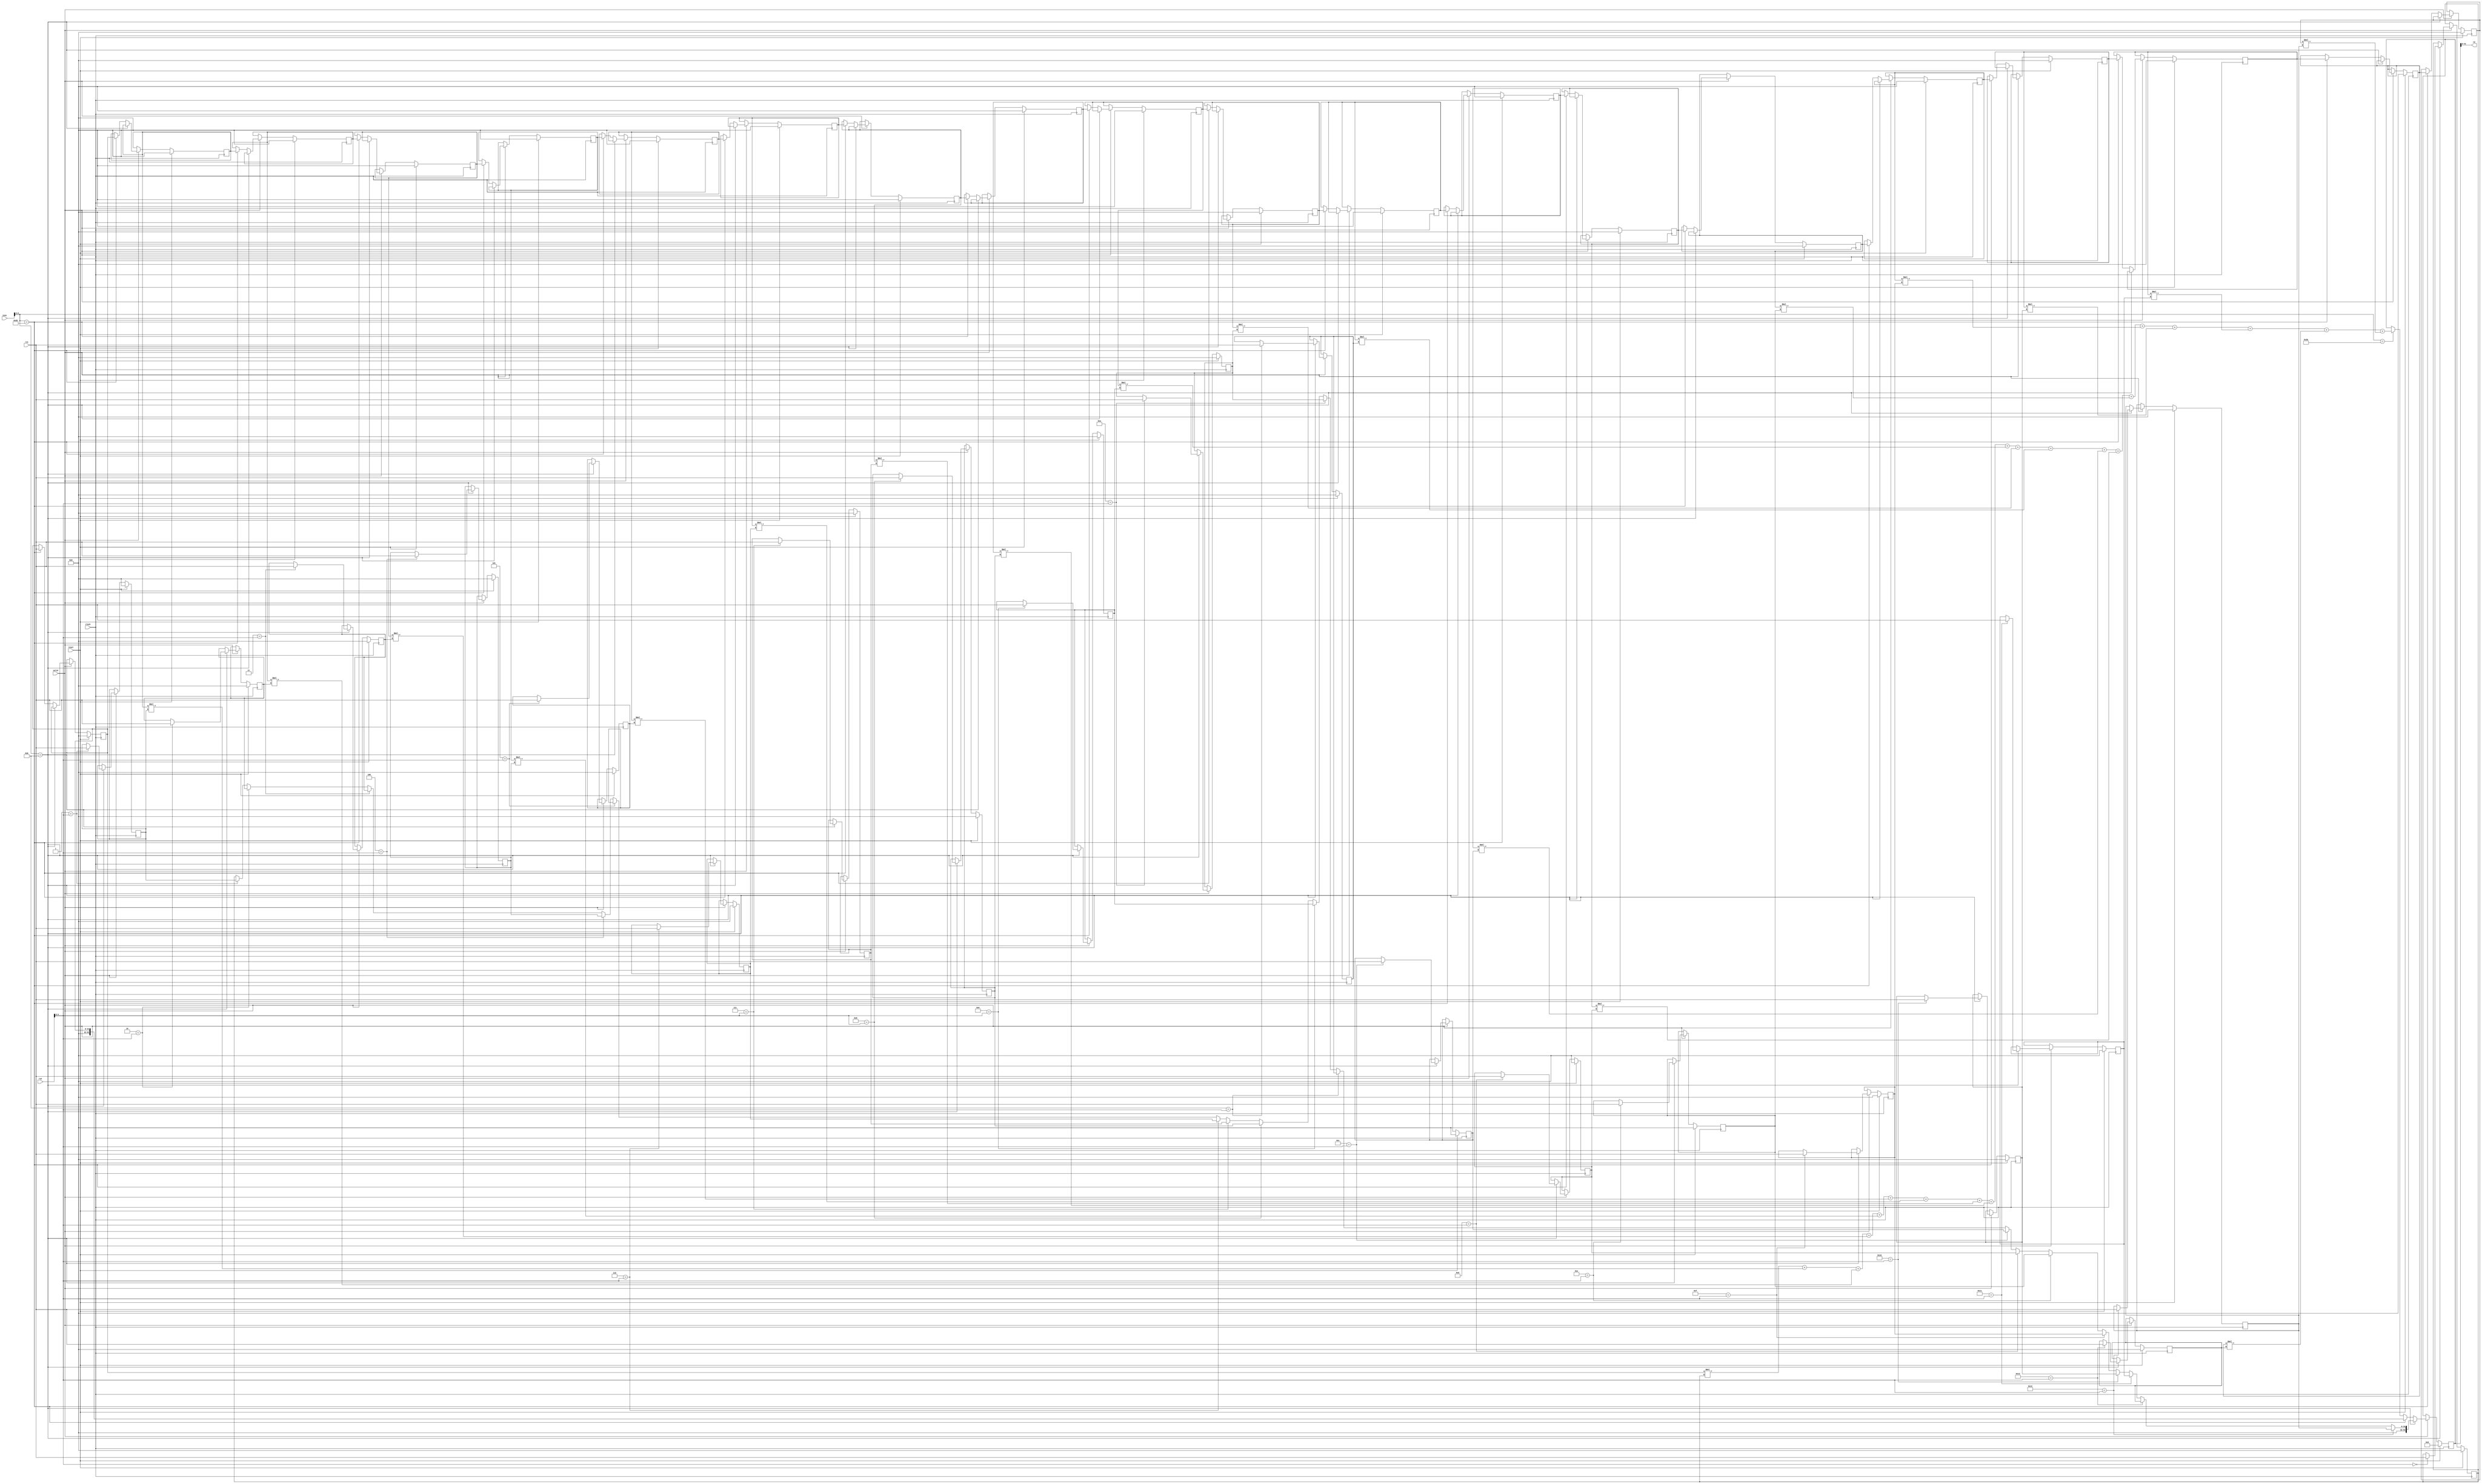
module SCIEPipelined #(parameter XLEN = 32)(
  input         clock,
  input         reset,
  input         valid,
  input  [31:0] insn,
  input  [31:0] rs1,
  input  [31:0] rs2,
  output [31:0] rd
);
  reg [31:0] coeffs_0;
  reg [31:0] coeffs_1;
  reg [31:0] coeffs_2;
  reg [31:0] coeffs_3;
  reg [31:0] coeffs_4;
  reg [31:0] coeffs_5;
  reg [31:0] coeffs_6;
  reg [31:0] coeffs_7;
  reg [31:0] coeffs_8;
  reg [31:0] coeffs_9;
  reg [31:0] coeffs_10;
  reg [31:0] coeffs_11;
  reg [31:0] coeffs_12;
  reg [31:0] coeffs_13;
  reg [31:0] coeffs_14;
  reg [31:0] coeffs_15;
  reg [31:0] coeffs_16;
  reg [31:0] coeffs_17;
  reg [31:0] coeffs_18;
  reg [31:0] coeffs_19;
  reg [31:0] data_0;
  reg [31:0] data_1;
  reg [31:0] data_2;
  reg [31:0] data_3;
  reg [31:0] data_4;
  reg [31:0] data_5;
  reg [31:0] data_6;
  reg [31:0] data_7;
  reg [31:0] data_8;
  reg [31:0] data_9;
  reg [31:0] data_10;
  reg [31:0] data_11;
  reg [31:0] data_12;
  reg [31:0] data_13;
  reg [31:0] data_14;
  reg [31:0] data_15;
  reg [31:0] data_16;
  reg [31:0] data_17;
  reg [31:0] data_18;
  reg [31:0] data_19;
  reg [63:0] result;
  wire [31:0] _GEN_21 = 5'h1 == rs2[4:0] ? coeffs_1 : coeffs_0;
  wire [31:0] _GEN_22 = 5'h2 == rs2[4:0] ? coeffs_2 : _GEN_21;
  wire [31:0] _GEN_23 = 5'h3 == rs2[4:0] ? coeffs_3 : _GEN_22;
  wire [31:0] _GEN_24 = 5'h4 == rs2[4:0] ? coeffs_4 : _GEN_23;
  wire [31:0] _GEN_25 = 5'h5 == rs2[4:0] ? coeffs_5 : _GEN_24;
  wire [31:0] _GEN_26 = 5'h6 == rs2[4:0] ? coeffs_6 : _GEN_25;
  wire [31:0] _GEN_27 = 5'h7 == rs2[4:0] ? coeffs_7 : _GEN_26;
  wire [31:0] _GEN_28 = 5'h8 == rs2[4:0] ? coeffs_8 : _GEN_27;
  wire [31:0] _GEN_29 = 5'h9 == rs2[4:0] ? coeffs_9 : _GEN_28;
  wire [31:0] _GEN_30 = 5'ha == rs2[4:0] ? coeffs_10 : _GEN_29;
  wire [31:0] _GEN_31 = 5'hb == rs2[4:0] ? coeffs_11 : _GEN_30;
  wire [31:0] _GEN_32 = 5'hc == rs2[4:0] ? coeffs_12 : _GEN_31;
  wire [31:0] _GEN_33 = 5'hd == rs2[4:0] ? coeffs_13 : _GEN_32;
  wire [31:0] _GEN_34 = 5'he == rs2[4:0] ? coeffs_14 : _GEN_33;
  wire [31:0] _GEN_35 = 5'hf == rs2[4:0] ? coeffs_15 : _GEN_34;
  wire [31:0] _GEN_36 = 5'h10 == rs2[4:0] ? coeffs_16 : _GEN_35;
  wire [31:0] _GEN_37 = 5'h11 == rs2[4:0] ? coeffs_17 : _GEN_36;
  wire [31:0] _GEN_38 = 5'h12 == rs2[4:0] ? coeffs_18 : _GEN_37;
  wire [31:0] _GEN_39 = 5'h13 == rs2[4:0] ? coeffs_19 : _GEN_38;
  wire [63:0] _result_T_1 = data_0 * coeffs_0;
  wire [63:0] _result_T_2 = data_1 * coeffs_1;
  wire [63:0] _result_T_3 = data_2 * coeffs_2;
  wire [63:0] _result_T_4 = data_3 * coeffs_3;
  wire [63:0] _result_T_5 = data_4 * coeffs_4;
  wire [63:0] _result_T_6 = data_5 * coeffs_5;
  wire [63:0] _result_T_7 = data_6 * coeffs_6;
  wire [63:0] _result_T_8 = data_7 * coeffs_7;
  wire [63:0] _result_T_9 = data_8 * coeffs_8;
  wire [63:0] _result_T_10 = data_9 * coeffs_9;
  wire [63:0] _result_T_11 = data_10 * coeffs_10;
  wire [63:0] _result_T_12 = data_11 * coeffs_11;
  wire [63:0] _result_T_13 = data_12 * coeffs_12;
  wire [63:0] _result_T_14 = data_13 * coeffs_13;
  wire [63:0] _result_T_15 = data_14 * coeffs_14;
  wire [63:0] _result_T_16 = data_15 * coeffs_15;
  wire [63:0] _result_T_17 = data_16 * coeffs_16;
  wire [63:0] _result_T_18 = data_17 * coeffs_17;
  wire [63:0] _result_T_19 = data_18 * coeffs_18;
  wire [63:0] _result_T_20 = data_19 * coeffs_19;
  wire [63:0] _result_T_22 = _result_T_1 + _result_T_2;
  wire [63:0] _result_T_24 = _result_T_22 + _result_T_3;
  wire [63:0] _result_T_26 = _result_T_24 + _result_T_4;
  wire [63:0] _result_T_28 = _result_T_26 + _result_T_5;
  wire [63:0] _result_T_30 = _result_T_28 + _result_T_6;
  wire [63:0] _result_T_32 = _result_T_30 + _result_T_7;
  wire [63:0] _result_T_34 = _result_T_32 + _result_T_8;
  wire [63:0] _result_T_36 = _result_T_34 + _result_T_9;
  wire [63:0] _result_T_38 = _result_T_36 + _result_T_10;
  wire [63:0] _result_T_40 = _result_T_38 + _result_T_11;
  wire [63:0] _result_T_42 = _result_T_40 + _result_T_12;
  wire [63:0] _result_T_44 = _result_T_42 + _result_T_13;
  wire [63:0] _result_T_46 = _result_T_44 + _result_T_14;
  wire [63:0] _result_T_48 = _result_T_46 + _result_T_15;
  wire [63:0] _result_T_50 = _result_T_48 + _result_T_16;
  wire [63:0] _result_T_52 = _result_T_50 + _result_T_17;
  wire [63:0] _result_T_54 = _result_T_52 + _result_T_18;
  wire [63:0] _result_T_56 = _result_T_54 + _result_T_19;
  wire [63:0] _result_T_58 = _result_T_56 + _result_T_20;
  wire [63:0] _GEN_40 = insn[6:0] == 7'h3b ? _result_T_58 : result;
  assign rd = result[31:0];
  always @(posedge clock) begin
    if (reset) begin
      coeffs_0 <= 32'h0;
    end else if (valid) begin
      if (insn[6:0] == 7'hb) begin
        if (5'h0 == rs2[4:0]) begin
          coeffs_0 <= rs1;
        end
      end
    end
    if (reset) begin
      coeffs_1 <= 32'h0;
    end else if (valid) begin
      if (insn[6:0] == 7'hb) begin
        if (5'h1 == rs2[4:0]) begin
          coeffs_1 <= rs1;
        end
      end
    end
    if (reset) begin
      coeffs_2 <= 32'h0;
    end else if (valid) begin
      if (insn[6:0] == 7'hb) begin
        if (5'h2 == rs2[4:0]) begin
          coeffs_2 <= rs1;
        end
      end
    end
    if (reset) begin
      coeffs_3 <= 32'h0;
    end else if (valid) begin
      if (insn[6:0] == 7'hb) begin
        if (5'h3 == rs2[4:0]) begin
          coeffs_3 <= rs1;
        end
      end
    end
    if (reset) begin
      coeffs_4 <= 32'h0;
    end else if (valid) begin
      if (insn[6:0] == 7'hb) begin
        if (5'h4 == rs2[4:0]) begin
          coeffs_4 <= rs1;
        end
      end
    end
    if (reset) begin
      coeffs_5 <= 32'h0;
    end else if (valid) begin
      if (insn[6:0] == 7'hb) begin
        if (5'h5 == rs2[4:0]) begin
          coeffs_5 <= rs1;
        end
      end
    end
    if (reset) begin
      coeffs_6 <= 32'h0;
    end else if (valid) begin
      if (insn[6:0] == 7'hb) begin
        if (5'h6 == rs2[4:0]) begin
          coeffs_6 <= rs1;
        end
      end
    end
    if (reset) begin
      coeffs_7 <= 32'h0;
    end else if (valid) begin
      if (insn[6:0] == 7'hb) begin
        if (5'h7 == rs2[4:0]) begin
          coeffs_7 <= rs1;
        end
      end
    end
    if (reset) begin
      coeffs_8 <= 32'h0;
    end else if (valid) begin
      if (insn[6:0] == 7'hb) begin
        if (5'h8 == rs2[4:0]) begin
          coeffs_8 <= rs1;
        end
      end
    end
    if (reset) begin
      coeffs_9 <= 32'h0;
    end else if (valid) begin
      if (insn[6:0] == 7'hb) begin
        if (5'h9 == rs2[4:0]) begin
          coeffs_9 <= rs1;
        end
      end
    end
    if (reset) begin
      coeffs_10 <= 32'h0;
    end else if (valid) begin
      if (insn[6:0] == 7'hb) begin
        if (5'ha == rs2[4:0]) begin
          coeffs_10 <= rs1;
        end
      end
    end
    if (reset) begin
      coeffs_11 <= 32'h0;
    end else if (valid) begin
      if (insn[6:0] == 7'hb) begin
        if (5'hb == rs2[4:0]) begin
          coeffs_11 <= rs1;
        end
      end
    end
    if (reset) begin
      coeffs_12 <= 32'h0;
    end else if (valid) begin
      if (insn[6:0] == 7'hb) begin
        if (5'hc == rs2[4:0]) begin
          coeffs_12 <= rs1;
        end
      end
    end
    if (reset) begin
      coeffs_13 <= 32'h0;
    end else if (valid) begin
      if (insn[6:0] == 7'hb) begin
        if (5'hd == rs2[4:0]) begin
          coeffs_13 <= rs1;
        end
      end
    end
    if (reset) begin
      coeffs_14 <= 32'h0;
    end else if (valid) begin
      if (insn[6:0] == 7'hb) begin
        if (5'he == rs2[4:0]) begin
          coeffs_14 <= rs1;
        end
      end
    end
    if (reset) begin
      coeffs_15 <= 32'h0;
    end else if (valid) begin
      if (insn[6:0] == 7'hb) begin
        if (5'hf == rs2[4:0]) begin
          coeffs_15 <= rs1;
        end
      end
    end
    if (reset) begin
      coeffs_16 <= 32'h0;
    end else if (valid) begin
      if (insn[6:0] == 7'hb) begin
        if (5'h10 == rs2[4:0]) begin
          coeffs_16 <= rs1;
        end
      end
    end
    if (reset) begin
      coeffs_17 <= 32'h0;
    end else if (valid) begin
      if (insn[6:0] == 7'hb) begin
        if (5'h11 == rs2[4:0]) begin
          coeffs_17 <= rs1;
        end
      end
    end
    if (reset) begin
      coeffs_18 <= 32'h0;
    end else if (valid) begin
      if (insn[6:0] == 7'hb) begin
        if (5'h12 == rs2[4:0]) begin
          coeffs_18 <= rs1;
        end
      end
    end
    if (reset) begin
      coeffs_19 <= 32'h0;
    end else if (valid) begin
      if (insn[6:0] == 7'hb) begin
        if (5'h13 == rs2[4:0]) begin
          coeffs_19 <= rs1;
        end
      end
    end
    if (reset) begin
      data_0 <= 32'h0;
    end else if (valid) begin
      if (!(insn[6:0] == 7'hb)) begin
        if (insn[6:0] == 7'h2b) begin
          data_0 <= rs1;
        end
      end
    end
    if (reset) begin
      data_1 <= 32'h0;
    end else if (valid) begin
      if (!(insn[6:0] == 7'hb)) begin
        if (insn[6:0] == 7'h2b) begin
          data_1 <= data_0;
        end
      end
    end
    if (reset) begin
      data_2 <= 32'h0;
    end else if (valid) begin
      if (!(insn[6:0] == 7'hb)) begin
        if (insn[6:0] == 7'h2b) begin
          data_2 <= data_1;
        end
      end
    end
    if (reset) begin
      data_3 <= 32'h0;
    end else if (valid) begin
      if (!(insn[6:0] == 7'hb)) begin
        if (insn[6:0] == 7'h2b) begin
          data_3 <= data_2;
        end
      end
    end
    if (reset) begin
      data_4 <= 32'h0;
    end else if (valid) begin
      if (!(insn[6:0] == 7'hb)) begin
        if (insn[6:0] == 7'h2b) begin
          data_4 <= data_3;
        end
      end
    end
    if (reset) begin
      data_5 <= 32'h0;
    end else if (valid) begin
      if (!(insn[6:0] == 7'hb)) begin
        if (insn[6:0] == 7'h2b) begin
          data_5 <= data_4;
        end
      end
    end
    if (reset) begin
      data_6 <= 32'h0;
    end else if (valid) begin
      if (!(insn[6:0] == 7'hb)) begin
        if (insn[6:0] == 7'h2b) begin
          data_6 <= data_5;
        end
      end
    end
    if (reset) begin
      data_7 <= 32'h0;
    end else if (valid) begin
      if (!(insn[6:0] == 7'hb)) begin
        if (insn[6:0] == 7'h2b) begin
          data_7 <= data_6;
        end
      end
    end
    if (reset) begin
      data_8 <= 32'h0;
    end else if (valid) begin
      if (!(insn[6:0] == 7'hb)) begin
        if (insn[6:0] == 7'h2b) begin
          data_8 <= data_7;
        end
      end
    end
    if (reset) begin
      data_9 <= 32'h0;
    end else if (valid) begin
      if (!(insn[6:0] == 7'hb)) begin
        if (insn[6:0] == 7'h2b) begin
          data_9 <= data_8;
        end
      end
    end
    if (reset) begin
      data_10 <= 32'h0;
    end else if (valid) begin
      if (!(insn[6:0] == 7'hb)) begin
        if (insn[6:0] == 7'h2b) begin
          data_10 <= data_9;
        end
      end
    end
    if (reset) begin
      data_11 <= 32'h0;
    end else if (valid) begin
      if (!(insn[6:0] == 7'hb)) begin
        if (insn[6:0] == 7'h2b) begin
          data_11 <= data_10;
        end
      end
    end
    if (reset) begin
      data_12 <= 32'h0;
    end else if (valid) begin
      if (!(insn[6:0] == 7'hb)) begin
        if (insn[6:0] == 7'h2b) begin
          data_12 <= data_11;
        end
      end
    end
    if (reset) begin
      data_13 <= 32'h0;
    end else if (valid) begin
      if (!(insn[6:0] == 7'hb)) begin
        if (insn[6:0] == 7'h2b) begin
          data_13 <= data_12;
        end
      end
    end
    if (reset) begin
      data_14 <= 32'h0;
    end else if (valid) begin
      if (!(insn[6:0] == 7'hb)) begin
        if (insn[6:0] == 7'h2b) begin
          data_14 <= data_13;
        end
      end
    end
    if (reset) begin
      data_15 <= 32'h0;
    end else if (valid) begin
      if (!(insn[6:0] == 7'hb)) begin
        if (insn[6:0] == 7'h2b) begin
          data_15 <= data_14;
        end
      end
    end
    if (reset) begin
      data_16 <= 32'h0;
    end else if (valid) begin
      if (!(insn[6:0] == 7'hb)) begin
        if (insn[6:0] == 7'h2b) begin
          data_16 <= data_15;
        end
      end
    end
    if (reset) begin
      data_17 <= 32'h0;
    end else if (valid) begin
      if (!(insn[6:0] == 7'hb)) begin
        if (insn[6:0] == 7'h2b) begin
          data_17 <= data_16;
        end
      end
    end
    if (reset) begin
      data_18 <= 32'h0;
    end else if (valid) begin
      if (!(insn[6:0] == 7'hb)) begin
        if (insn[6:0] == 7'h2b) begin
          data_18 <= data_17;
        end
      end
    end
    if (reset) begin
      data_19 <= 32'h0;
    end else if (valid) begin
      if (!(insn[6:0] == 7'hb)) begin
        if (insn[6:0] == 7'h2b) begin
          data_19 <= data_18;
        end
      end
    end
    if (reset) begin
      result <= 64'h0;
    end else if (valid) begin
      if (insn[6:0] == 7'hb) begin
        result <= {{32'd0}, _GEN_39};
      end else if (insn[6:0] == 7'h2b) begin
        result <= {{32'd0}, data_0};
      end else begin
        result <= _GEN_40;
      end
    end
  end
endmodule